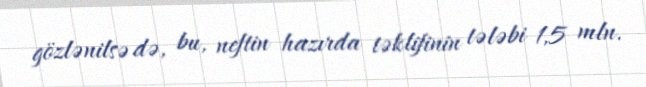
gözlənilsə də, bu, neftin hazırda təklifinin tələbi 1,5 mln.